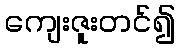
ကျေးဇူးတင်၍